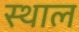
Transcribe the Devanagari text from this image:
स्‍थाल